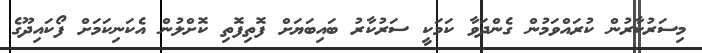
މިސަރުކާރުން ކުރައްވަމުން ގެންދަވާ ކަމަކީ ސަރުކާރު ބައިބަޔަށް ފޮތިފޮތި ކޮށްލުން އެކަނިކަމަށް ފޯކައިދޫގެ